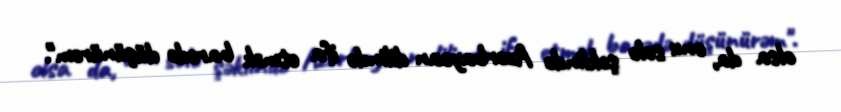
olsa da, onu solo şəklində Azərbaycan dilində ifa etmək barədə düşünürəm".